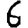
Digit: 6